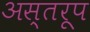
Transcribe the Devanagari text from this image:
अस्तरूप